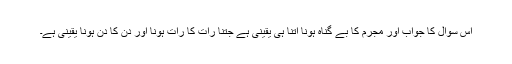
اس سوال کا جواب اور مجرم کا بے گناہ ہونا اتنا ہی یقینی ہے جتنا رات کا رات ہونا اور دن کا دن ہونا یقینی ہے۔